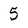
Character: 5